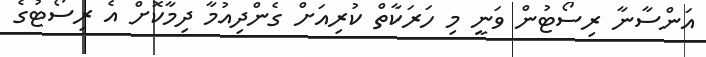
އަންސާނާ ރިސޯޓުން ވަނީ މި ހަރަކާތް ކުރިއަށް ގެންދިއުމާ ދިމާކޮށް އެ ރިސޯޓުގެ